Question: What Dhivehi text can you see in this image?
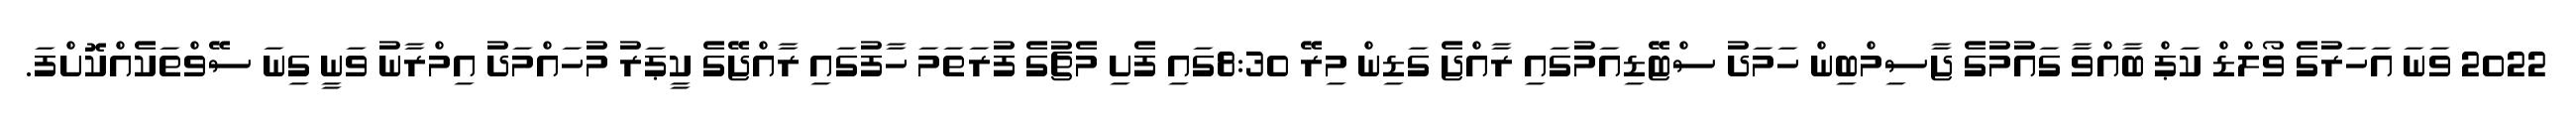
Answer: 2022 ވަނަ އަހަރުގެ ވޯލްޑް ކަޕް ބާއްވާ ގައުމުގެ ޖާސިމްބިން ހަމަދު ސްޓޭޑިއަމުގައި ރާއްޖެ ގަޑިން މިރޭ 8:30ގައި ފެށި މެޗުގެ ފުރަތަމަ ހާފުގައި ރާއްޖޭގެ ކީޕަރު މުހައްމަދު އިމްރާނު ވަނީ ގިނަ ސޭވްތަކެއްކޮށްފަ.